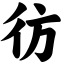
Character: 彷